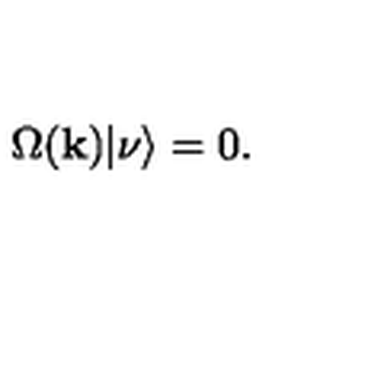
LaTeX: \Omega ( { \bf k } ) | \nu \rangle = 0 .